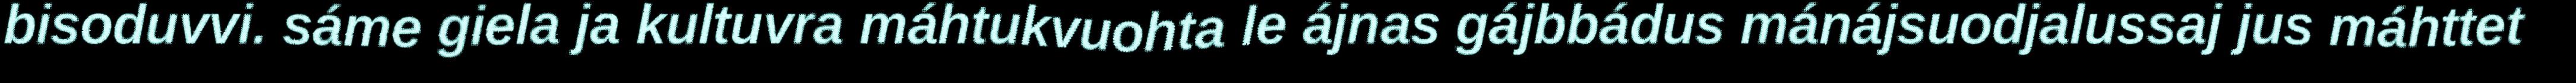
bisoduvvi. sáme giela ja kultuvra máhtukvuohta le ájnas gájbbádus mánájsuodjalussaj jus máhttet